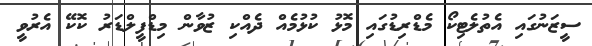
ސީޒަނުގައި އެތުލެޓިކޯ މެޑްރިޑުގައި މޮޅު ކުޅުމެއް ދެއްކި ޒުވާން މިޑްފީލްޑަރު ކޮކޭ އެރުވީ